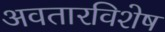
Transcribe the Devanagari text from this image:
अवतारविशेष